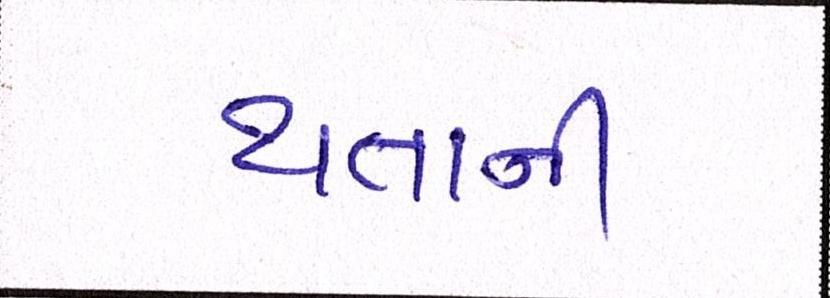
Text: થતાની